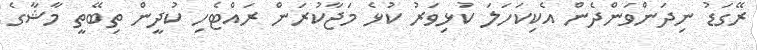
ރޭގަޑު ނިދަންވަންދެން އެކިކަހަލަ ކުޅިވަރު ކުޅެ މަޖާކުރަން ރައްޓެހި ކުދީން ތިބޭތީ މާޝާގެ